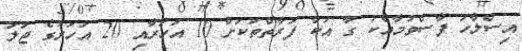
އިސްލާހު ފާސްވުމާއެކު ގާ އުކާ ފަރާތްތަކަށް 10 އަހަރާއި 20 އަހަރުގެ ޖަލު